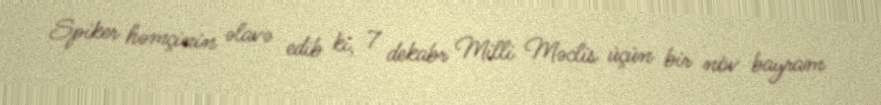
Spiker həmçinin əlavə edib ki, 7 dekabr Milli Məclis üçün bir növ bayram